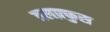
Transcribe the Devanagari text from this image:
तलफ़्फुस